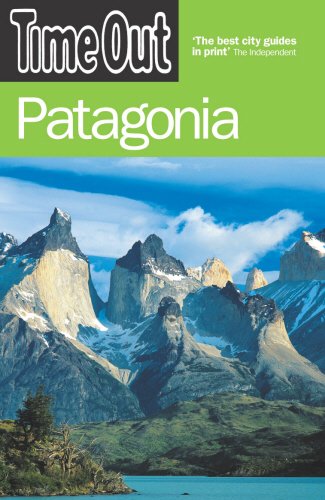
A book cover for Time Out Patagonia (Time Out Guides); Time Out; Travel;